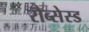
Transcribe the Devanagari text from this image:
रौब्सेस्ड